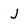
Character: J